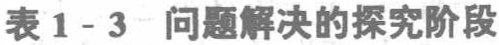
表1-3 问题解决的探究阶段